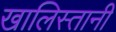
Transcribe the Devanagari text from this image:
खालिस्तानी